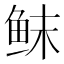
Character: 𱇚